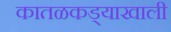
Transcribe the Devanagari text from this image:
कातळकड्याखाली